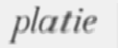
platie